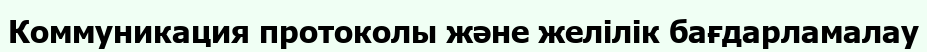
Коммуникация протоколы және желілік бағдарламалау